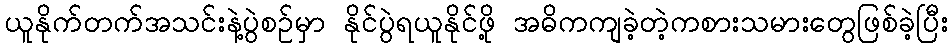
ယူနိုက်တက်အသင်းနဲ့ပွဲစဉ်မှာ နိုင်ပွဲရယူနိုင်ဖို့ အဓိကကျခဲ့တဲ့ကစားသမားတွေဖြစ်ခဲ့ပြီး